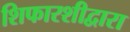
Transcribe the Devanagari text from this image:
शिफारशीद्वारा